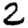
Digit: 2